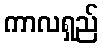
ကာလရှည်